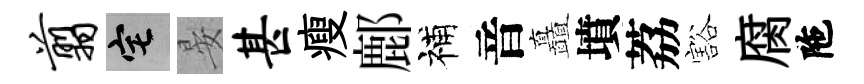
翦宅晏甚瘦鄜補音矗墳荔豁腐陁